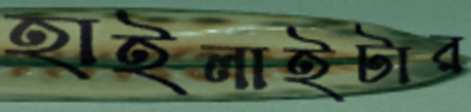
হাইলাইটার